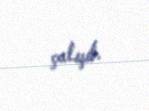
çalışıb.